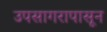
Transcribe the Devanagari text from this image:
उपसागरापासून